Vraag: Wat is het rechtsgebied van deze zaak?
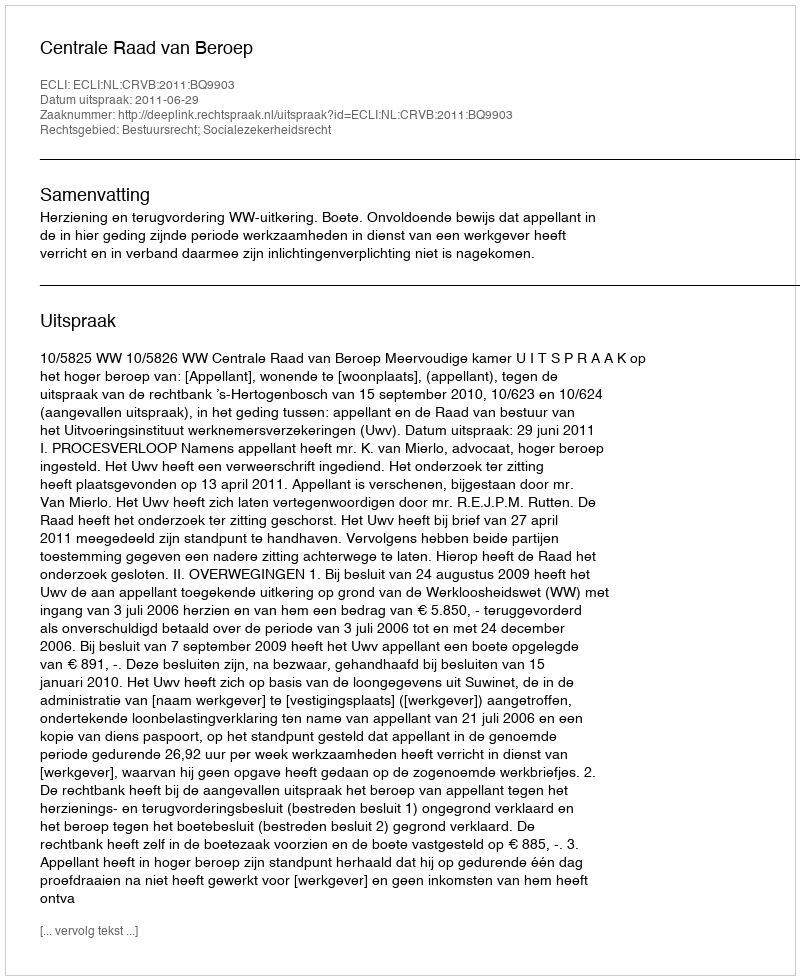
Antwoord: Bestuursrecht; Socialezekerheidsrecht